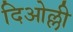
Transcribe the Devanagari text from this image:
दिओल्ली